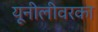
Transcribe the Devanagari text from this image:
यूनीलीवरका